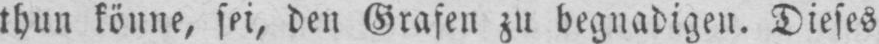
thun könne, sei, den Grafen zu begnadigen. Dieses